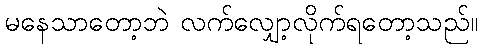
မနေသာတော့ဘဲ လက်လျှော့လိုက်ရတော့သည်။